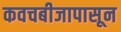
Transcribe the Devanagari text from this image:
कवचबीजापासून